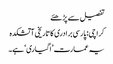
تفصیل سے پڑھئے
کراچی: پارسی برادری کا تاریخی آتشکدہ
یہ عمارت ’اگیاری‘ ہے۔